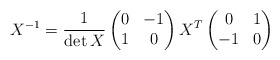
\begin{align*}X^{-1}=\frac{1}{\det X}\begin{pmatrix}0 & -1 \\ 1 & 0\end{pmatrix}X^T\begin{pmatrix}0 & 1 \\ -1 & 0\end{pmatrix}\end{align*}